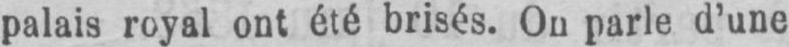
palais royal ont été brisés. On parle d’une